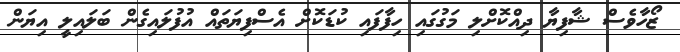
ޒޯހާވެސް ޝާފިޔާ ދިއްކޮށްލި މަގުގައި ހިފާފައި ކުޑަކޮށް އެސްފިޔަތައް އުފުލައިގެން ބަލައިލީ އިޔަން